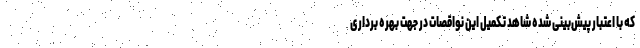
که با اعتبار پیش‌بینی شده شاهد تکمیل این نواقصات در جهت بهره برداری